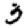
Digit: 3